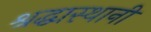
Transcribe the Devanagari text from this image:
श्रद्धास्थानी